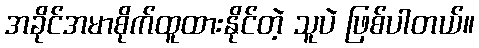
အခိုင်အမာစိုက်ထူထားနိုင်တဲ့ သူပဲ ဖြစ်ပါတယ်။